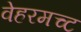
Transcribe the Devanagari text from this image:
वेहरमच्ट